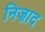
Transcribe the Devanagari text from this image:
निज़ाद